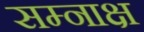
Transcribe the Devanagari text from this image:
सम्नाक्ष